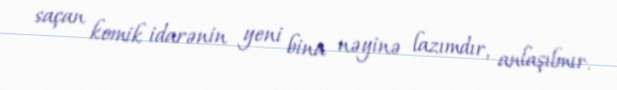
saçan komik idarənin yeni bina nəyinə lazımdır, anlaşılmır.